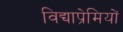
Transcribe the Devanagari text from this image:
विद्याप्रेमियों